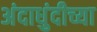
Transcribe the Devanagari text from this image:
अंदाधुंदीच्या